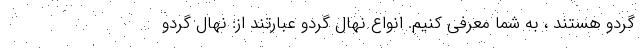
گردو هستند ، به شما معرفی کنیم. انواع نهال گردو عبارتند از: نهال گردو